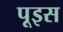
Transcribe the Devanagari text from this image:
पूइस